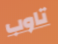
تاوب